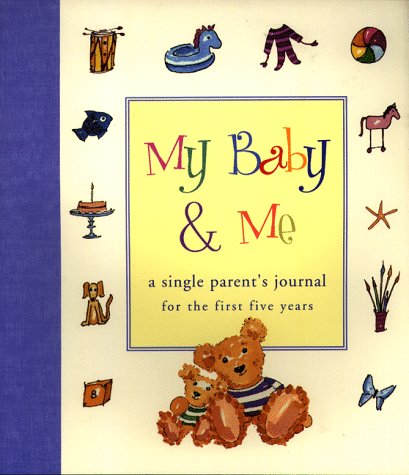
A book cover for My Baby & Me: A Single Parent's Journal for the First Five Years; Judith Levy; Parenting & Relationships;